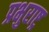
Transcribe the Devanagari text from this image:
प्रभुराष्ट्र